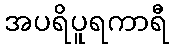
အပရိပူရကာရီ